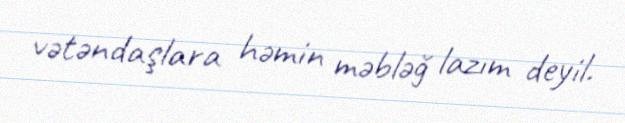
vətəndaşlara həmin məbləğ lazım deyil.